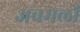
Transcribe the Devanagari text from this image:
अवमलों